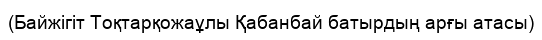
(Байжігіт Тоқтарқожаұлы Қабанбай батырдың арғы атасы)